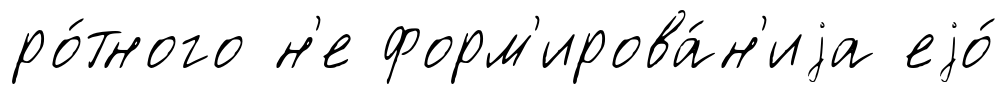
ро́тного н'е форм'ирова́н'иjа еjо́